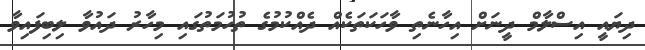
ދިޔައީ އިސްލާމް ދީނަށް އިހާނެތި ވާހަކަތަކެއް ދެއްކުމުގެ ތުހުމަތުގައި މިހާރު ދައުވާ ލިބިފައިވާ